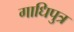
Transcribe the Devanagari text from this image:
गाधिपुत्र